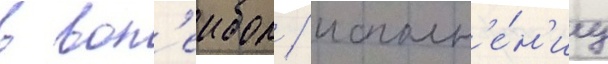
в вол'еибол / исполн'е́н'иу